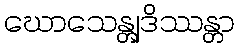
ဃောသေန္တျဒိဿန္တာ